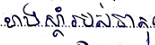
ខាងស្តាំរបស់ធាតុ